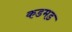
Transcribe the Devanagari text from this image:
कडमड